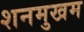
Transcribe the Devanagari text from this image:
शनमुखम